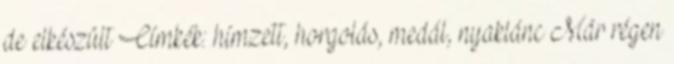
de elkészült Címkék: hímzett, horgolás, medál, nyaklánc Már régen